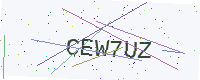
Text: CEW7UZ